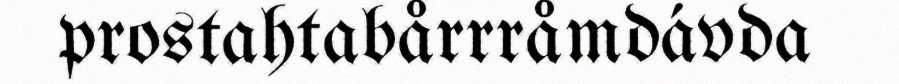
prostahtabårrråmdávda